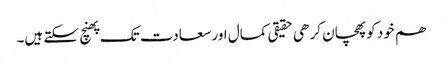
ھم خود کو پھچان کر ھی حقیقی کمال اور سعادت تک پھنچ سکتے ہیں۔